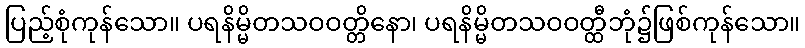
ပြည့်စုံကုန်သော။ ပရနိမ္မိတသဝဝတ္တိနော၊ ပရနိမ္မိတသဝဝတ္ထီဘုံ၌ဖြစ်ကုန်သော။